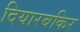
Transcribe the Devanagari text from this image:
दियारबकिर